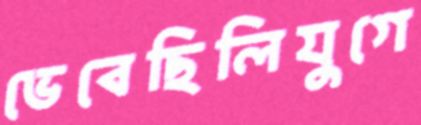
ভেবেছিলিযুগে